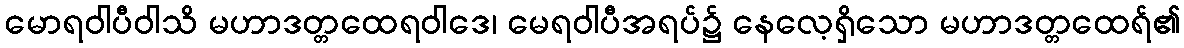
မောရဝါပီဝါသိ မဟာဒတ္တထေရဝါဒေ၊ မေရဝါပီအရပ်၌ နေလေ့ရှိသော မဟာဒတ္တထေရ်၏